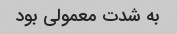
به شدت معمولی بود